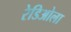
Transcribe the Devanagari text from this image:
रेडिओला